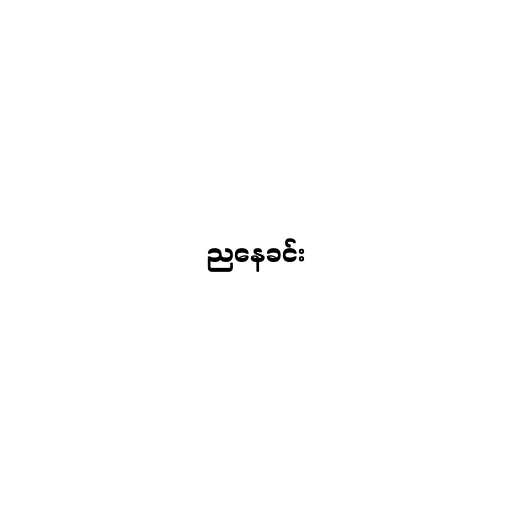
ညနေခင်း